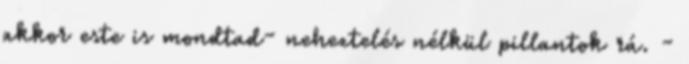
akkor este is mondtad- neheztelés nélkül pillantok rá. -